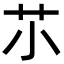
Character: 䒕